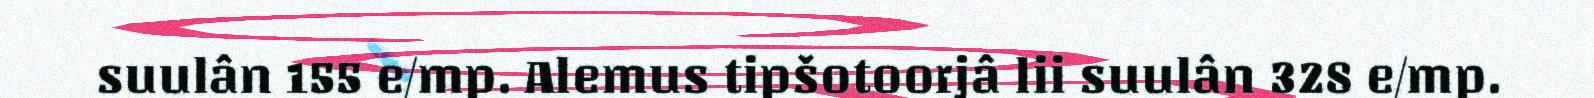
suulân 155 e/mp. Alemus tipšotoorjâ lii suulân 328 e/mp.